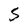
Character: S